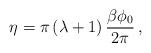
LaTeX: \begin{align*}\eta =\pi \left( \lambda +1\right) \frac{\beta \phi _{0}}{2\pi }\,,\end{align*}